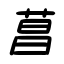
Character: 菖